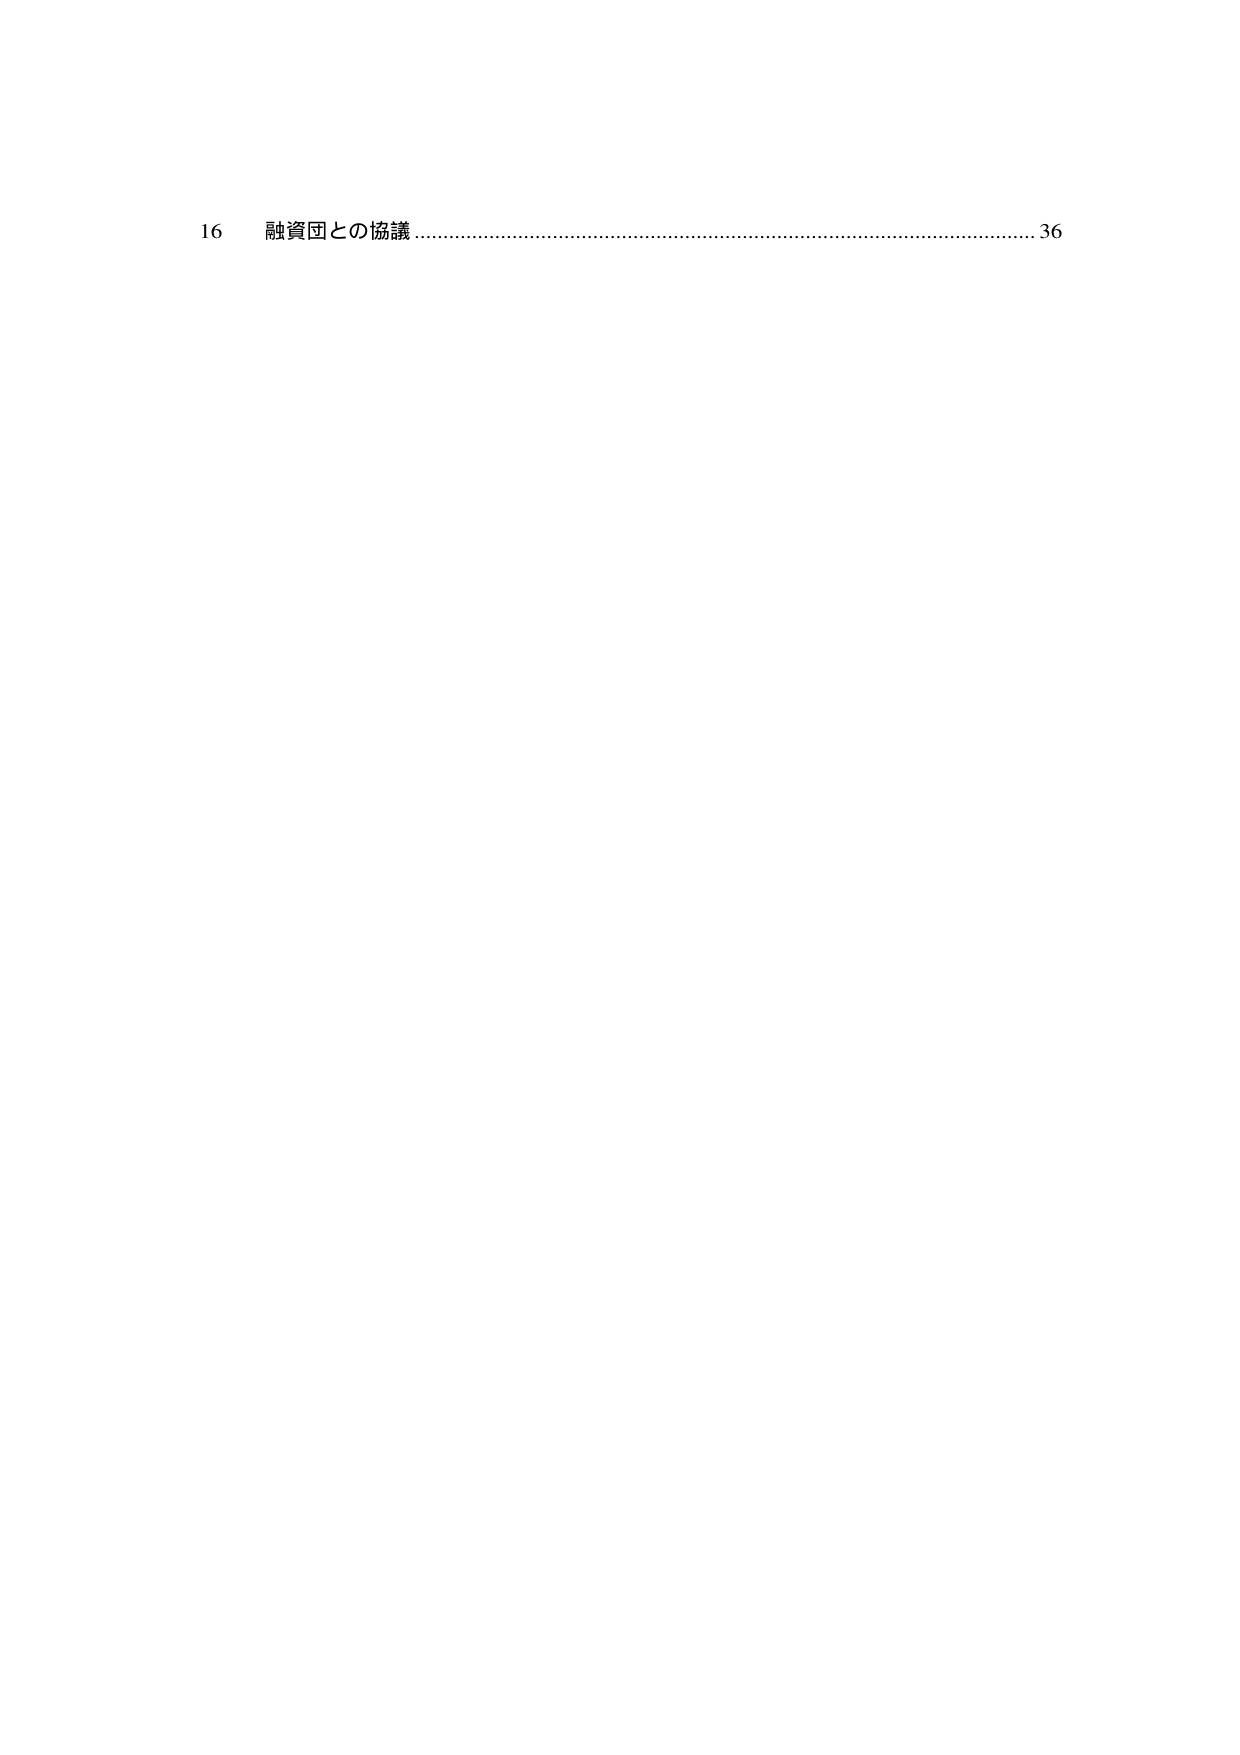
16 融資国との協議........................................................................................................ 36